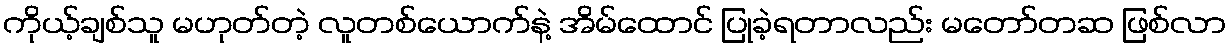
ကိုယ့်ချစ်သူ မဟုတ်တဲ့ လူတစ်ယောက်နဲ့ အိမ်ထောင် ပြုခဲ့ရတာလည်း မတော်တဆ ဖြစ်လာ